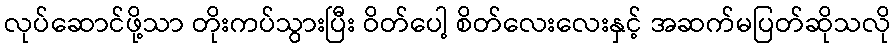
လုပ်ဆောင်ဖို့သာ တိုးကပ်သွားပြီး ဝိတ်ပေါ့ စိတ်လေးလေးနှင့် အဆက်မပြတ်ဆိုသလို